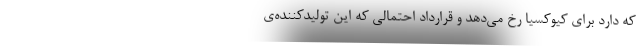
که دارد برای کیوکسیا رخ می‌دهد و قرارداد احتمالی که این تولیدکننده‌ی